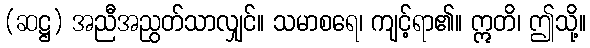
(ဆဋ္ဌ) အညီအညွတ်သာလျှင်။ သမာစရေ၊ ကျင့်ရာ၏။ ဣတိ၊ ဤသို့။